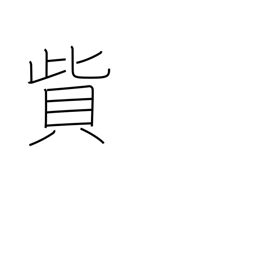
Meaning: pay a fine